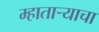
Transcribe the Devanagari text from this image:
म्हातार्‍याचा